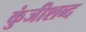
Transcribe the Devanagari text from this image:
कुंजीशब्द